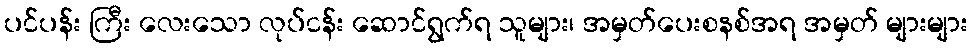
ပင်ပန်း ကြီး လေးသော လုပ်ငန်း ဆောင်ရွက်ရ သူများ၊ အမှတ်ပေးစနစ်အရ အမှတ် များများ